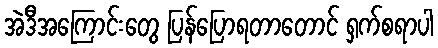
အဲဒီအကြောင်းတွေ ပြန်ပြောရတာတောင် ရှက်စရာပါ